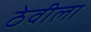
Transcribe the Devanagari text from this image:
ठेवीला